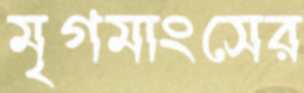
মৃগমাংসের